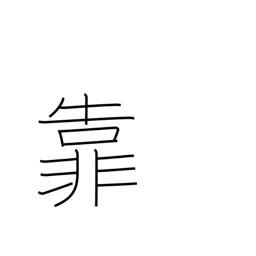
Meaning: lean on